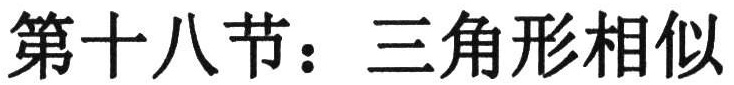
第十八节：三角形相似